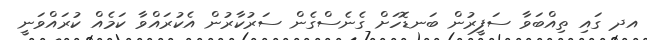
އދ ގައި ތިއްބަވާ ސަފީރުން ބަނޑޮހަށް ގެނެސްގެން ސަރުކާރުން އެކުރައްވާ ކަމެއް ކުރައްވަނީ